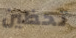
تحظين